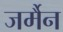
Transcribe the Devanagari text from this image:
जर्मैन